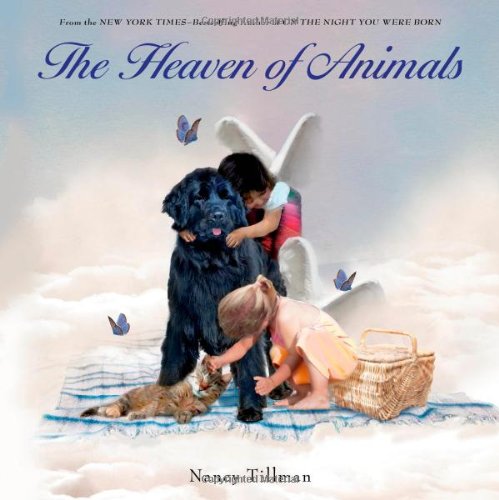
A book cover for The Heaven of Animals; Nancy Tillman; Children's Books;